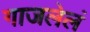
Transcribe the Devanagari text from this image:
गाजलेलं